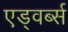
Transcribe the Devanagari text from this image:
एड्वर्ब्स